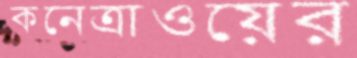
কনেত্রাওয়ের